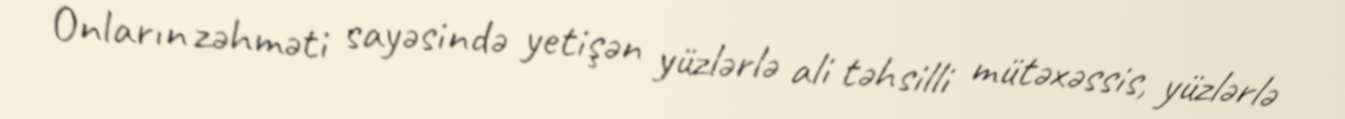
Onların zəhməti sayəsində yetişən yüzlərlə ali təhsilli mütəxəssis, yüzlərlə